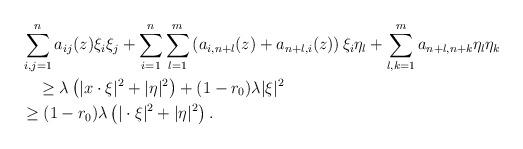
LaTeX: \begin{align*}&\sum_{i,j=1}^n a_{ij}(z)\xi_i\xi_j + \sum_{i=1}^n\sum_{l=1}^m \left(a_{i,n+l}(z)+a_{n+l,i}(z)\right)\xi_i\eta_l +\sum_{l,k=1}^m a_{n+l,n+k} \eta_l\eta_k \\&\quad\geq \lambda\left(|x\cdot\xi|^2+|\eta|^2\right)+(1-r_0)\lambda|\xi|^2\\&\geq (1-r_0)\lambda \left(|\cdot\xi|^2+|\eta|^2\right).\end{align*}